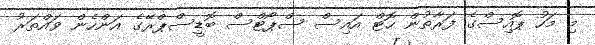
މި މަހު ޕޮއިސްގެ ފަރާތުން ހޮޓް އައިސް ސްޕޯޓްސް ބޮޑީސްޕްރޭގެ އަންހެން ވައްތަރު